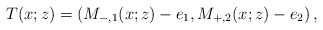
\begin{align*}T(x;z)=\left(M_{-,1}(x;z)-e_1, M_{+,2}(x;z)-e_2\right),\end{align*}